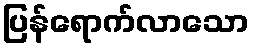
ပြန်ရောက်လာသော